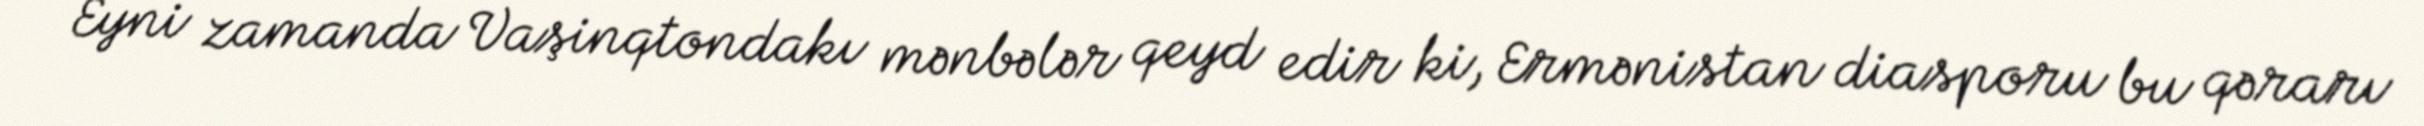
Eyni zamanda Vaşinqtondakı mənbələr qeyd edir ki, Ermənistan diasporu bu qərarı